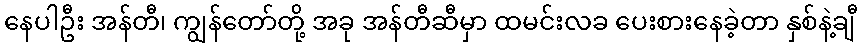
နေပါဦး အန်တီ၊ ကျွန်တော်တို့ အခု အန်တီဆီမှာ ထမင်းလခ ပေးစားနေခဲ့တာ နှစ်နဲ့ချီ